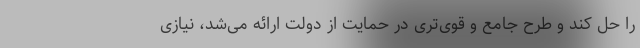
را حل کند و طرح جامع و قوی‌تری در حمایت از دولت ارائه می‌شد، نیازی